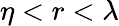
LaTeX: \eta<r<\lambda